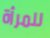
للمرأة